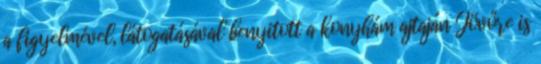
a figyelmével, látogatásával benyitott a konyhám ajtaján Jövőre is